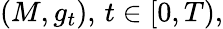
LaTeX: (M,g_{t}),\, t\in[0,T),